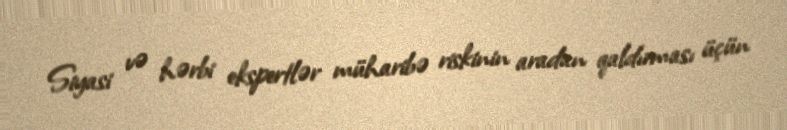
Siyasi və hərbi ekspertlər müharibə riskinin aradan qaldırması üçün